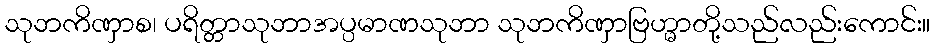
သုဘကိဏှာစ၊ ပရိတ္တာသုဘာအပ္ပမာဏသုဘာ သုဘကိဏှာဗြဟ္မာတို့သည်လည်းကောင်း။